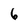
Character: 6